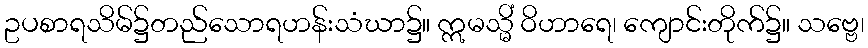
ဥပစာရသိမ်၌တည်သောရဟန်းသံဃာ၌။ ဣမသ္မိံ ဝိဟာရေ၊ ကျောင်းတိုက်၌။ သဗ္ဗေ၊